system: You are a helpful assistant.
user:
Analyze the provided spectrum to determine if it is a **Carbon Star (C-type)**.

- **Key Visual Indicators of Carbon Star:**
    - **(Primary):** Strong molecular absorption from **C₂ (diatomic carbon) "Swan Bands."** This is the **defining feature** of a carbon star.
        - **(Key Bandheads):** Sharp absorption edges are visible at approximately $5635$ Å, $5165$ Å (the strongest band), and $4737$ Å.
        - **(Line Profile):** Creates a distinct **"saw-tooth"** pattern. The key morphology is a sharp, steep bandhead on the **red (long-wavelength) side**, which then gradually tapers off (i.e., flux recovers) towards the **blue (short-wavelength) side**. *(This is the direct opposite of the TiO bands seen in M-type stars)*.

    - **(Secondary):** Intense **CN (cyanogen)** molecular absorption bands.
        - **(Key Bandheads):** Located in the blue and violet regions of the spectrum (e.g., near $4215$ Å and $3883$ Å).
        - **(Morphology):** These bands are extremely broad and act as a "blanket," absorbing the vast majority of blue and violet light. This creates a characteristic **"cliff"** or **"steep drop-off"** in the spectrum's flux at short wavelengths.

    - **(Key Confirmation):** Strong **CH absorption band (G-band)**.
        - **(Key Bandhead):** Located around $4300$ Å. The contribution from CH molecules to this band is exceptionally strong.

    - **(Overall Spectrum):**
        - The continuum is severely "chopped up" by these deep molecular bands, especially C₂, rather than appearing as a smooth curve.
        - Due to the heavy CN and C₂ absorption in the blue-green, the vast majority of the star's flux is concentrated in the red part of the spectrum, giving the star its characteristic deep red color.

Think first, call **spectral_visualization_tool** if needed to examine features in detail, then provide your final answer. Your response must adhere to the following strict rules:
1.  **Overall Structure:** Your response must follow the format `<think>...</think> <tool_call>...</tool_call> (if a tool is used) <answer>...</answer>`.
2.  **Tool Usage Constraint:** You may only make **one** tool call per turn.
3.  **Final Answer Format:** In the `<answer>` tag, your conclusion must be inside a `\boxed{}` command (e.g., `\boxed{YES}`), followed by your justification.

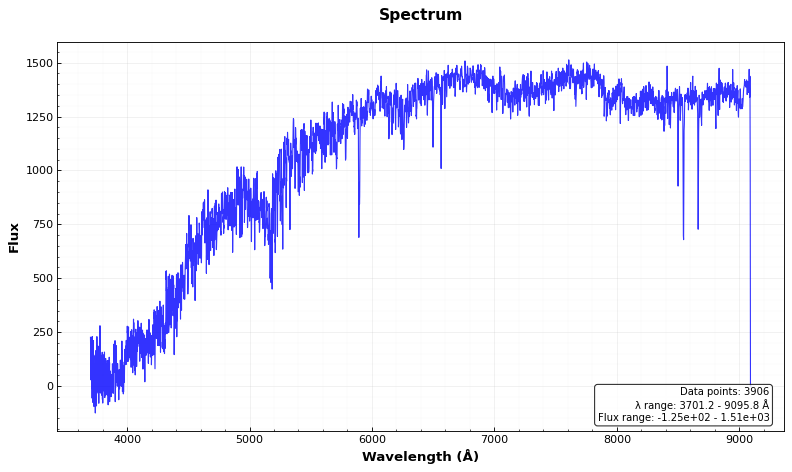
Answer: NO